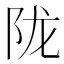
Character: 陇